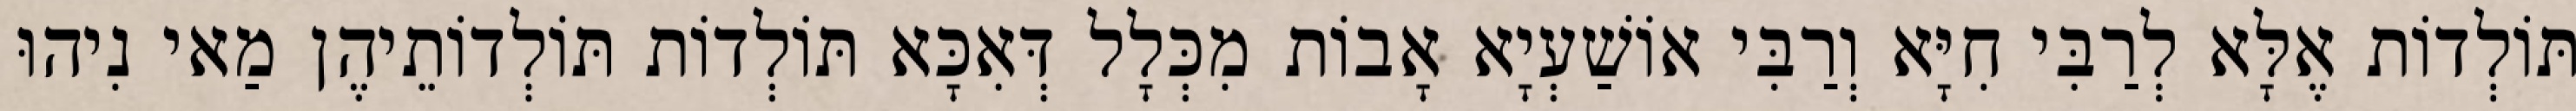
תּוֹלְדוֹת אֶלָּא לְרַבִּי חִיָּא וְרַבִּי אוֹשַׁעְיָא אָבוֹת מִכְּלָל דְּאִכָּא תּוֹלְדוֹת תּוֹלְדוֹתֵיהֶן מַאי נִיהוּ